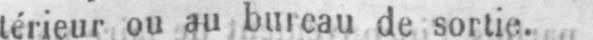
térieur ou au bureau de sortie.